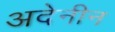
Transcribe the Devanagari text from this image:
अदेनीन